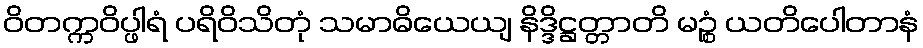
ဝိတက္ကဝိပ္ဖါရံ ပရိဝိသိတုံ သမာဓိယေယျ နိဒ္ဒိဋ္ဌတ္တာတိ မဉ္စံ ယတိပေါတာနံ